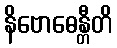
နိဗောဓေန္တီတိ